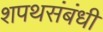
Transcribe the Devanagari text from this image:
शपथसंबंधी